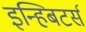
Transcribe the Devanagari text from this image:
इन्हिबटर्स